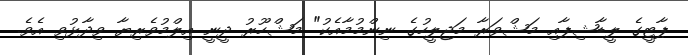
ޕާޓީގެ ލީޑާޝިޕާއި މަޝްވަރާ މަޖިލީހުގެ ނިންމުމާއެކު" މަޝްހޫރު ދީނީ އިލްމުވެރިޔާ ވިދާޅުވި އެވެ.